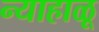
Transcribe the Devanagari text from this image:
न्याहाळू